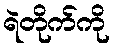
ရဲတိုက်ကို